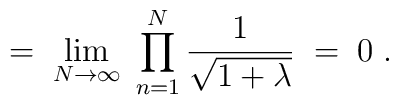
= \; \lim_{N \rightarrow \infty} \;\prod_{n=1}^N \frac{1}{\sqrt{1+\lambda}} \; = \; 0 \; .